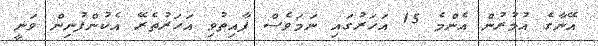
އޭނާގެ އުމުރުން އެންމެ 15 އަހަރުގައި ނަމަވެސް ފާއިތުވި އަހަރުތެރޭ އެކުންފުނިން ވަނީ